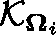
\mathcal { K } _ { \mathbf { \Omega } _ { i } }